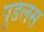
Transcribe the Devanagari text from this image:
पूडलस